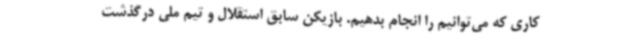
کاری که می‌توانیم را انجام بدهیم. بازیکن سابق استقلال و تیم ملی درگذشت